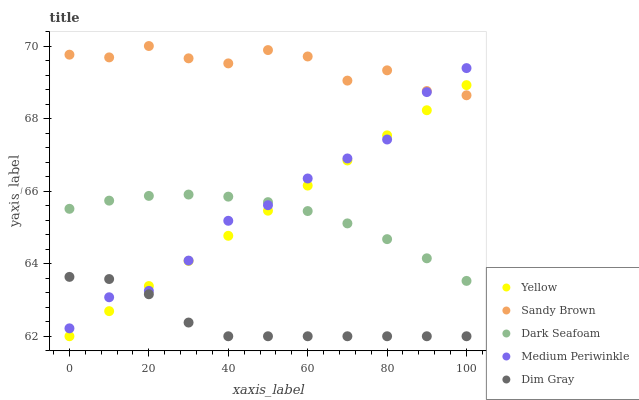
| xaxis_label | Yellow | Sandy Brown | Dark Seafoam | Medium Periwinkle | Dim Gray |
 | --- | --- | --- | --- | --- | --- |
 | 0 | 62 | 69.8 | 65.5 | 62.2 | 63.6 |
 | 10 | 62.7 | 69.7 | 65.7 | 63.1 | 63.6 |
 | 20 | 63.4 | 70 | 65.9 | 63.3 | 63.2 |
 | 30 | 64.1 | 69.7 | 65.9 | 64.1 | 62.4 |
 | 40 | 64.8 | 69.5 | 65.8 | 65.2 | 62 |
 | 50 | 65.5 | 69.9 | 65.7 | 65.6 | 62 |
 | 60 | 66.2 | 69.7 | 65.5 | 66.3 | 62 |
 | 70 | 66.8 | 69 | 65.1 | 66.9 | 62 |
 | 80 | 67.5 | 69.3 | 64.7 | 67.4 | 62 |
 | 90 | 68.2 | 68.8 | 64.1 | 68.7 | 62 |
 | 100 | 68.9 | 68.6 | 63.5 | 69.4 | 62 |